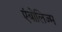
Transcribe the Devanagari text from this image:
एंबोलिज्म